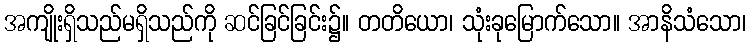
အကျိုးရှိသည်မရှိသည်ကို ဆင်ခြင်ခြင်း၌။ တတိယော၊ သုံးခုမြောက်သော။ အာနိသံသော၊